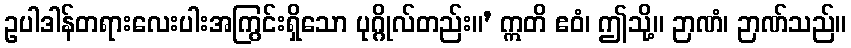
ဥပါဒါန်တရားလေးပါးအကြွင်းရှိသော ပုဂ္ဂိုလ်တည်း။’ ဣတိ ဧဝံ၊ ဤသို့။ ဉာဏံ၊ ဉာဏ်သည်။